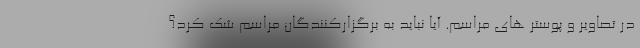
در تصاویر و پوستر های مراسم. آیا نباید به برگزارکنندگان مراسم شک کرد؟